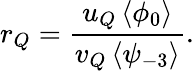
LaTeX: r_{Q}=\frac{u_{Q}\left<\phi_{0}\right>}{v_{Q}\left<\psi_{-3}\right>}.